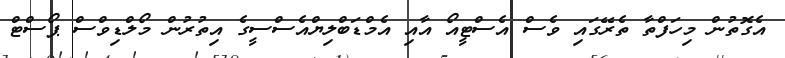
އެގޮތުން މިހަފްތާ ތެރޭގައި ވެސް އެސްޓީއޯ އާއި އެމްޑަބްލިޔްއެސްސީގެ އިތުރުން މޯލްޑިވްސް ޕޯސްޓް